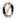
0